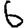
Digit: 6